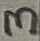
Text: 3